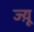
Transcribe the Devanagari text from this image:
ज्य़ू